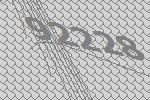
92228